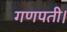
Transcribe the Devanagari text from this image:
गणपती।